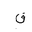
Letter: _qaf